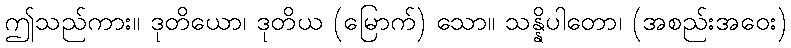
ဤသည်ကား။ ဒုတိယော၊ ဒုတိယ (မြောက်) သော။ သန္နိပါတော၊ (အစည်းအဝေး)